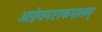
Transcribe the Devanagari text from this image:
आग्नेयमष्टाकपालम्